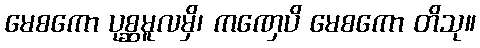
မေစကော ပုစ္ဆမူလမှိ၊ ကဏှေပိ မေစကော တိသု။